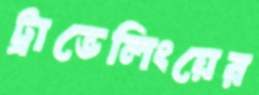
ট্রাভেলিংয়ের